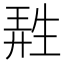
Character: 𤯩